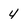
Character: 4